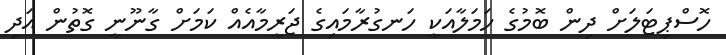
ހޮސްޕިޓަލަށް ދިން ބޮމުގެ ހަމަލާއަކީ ހަނގުރާމައިގެ ޖަރީމާއެއް ކަމަށް ގާނޫނީ ގޮތުން އަދި